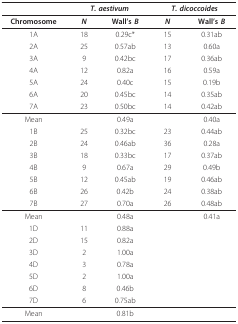
<table><thead><tr><td></td><td colspan="2"><b><i>T. aestivum</i></b></td><td colspan="2"><b><i>T. dicoccoides</i></b></td></tr></thead><tbody><tr><td><b>Chromosome</b></td><td><b><i>N</i></b></td><td><b>Wall&#x27;s <i>B</i></b></td><td><i><b>N</b></i></td><td><b>Wall&#x27;s <i>B</i></b></td></tr><tr><td>1A</td><td>18</td><td>0.29c*</td><td>15</td><td>0.31ab</td></tr><tr><td>2A</td><td>25</td><td>0.57ab</td><td>13</td><td>0.60a</td></tr><tr><td>3A</td><td>9</td><td>0.42bc</td><td>17</td><td>0.36ab</td></tr><tr><td>4A</td><td>12</td><td>0.82a</td><td>16</td><td>0.59a</td></tr><tr><td>5A</td><td>24</td><td>0.40c</td><td>15</td><td>0.19b</td></tr><tr><td>6A</td><td>20</td><td>0.45bc</td><td>14</td><td>0.35ab</td></tr><tr><td>7A</td><td>23</td><td>0.50bc</td><td>14</td><td>0.42ab</td></tr><tr><td>Mean</td><td></td><td>0.49a</td><td></td><td>0.40a</td></tr><tr><td>1B</td><td>25</td><td>0.32bc</td><td>23</td><td>0.44ab</td></tr><tr><td>2B</td><td>24</td><td>0.46ab</td><td>36</td><td>0.28a</td></tr><tr><td>3B</td><td>18</td><td>0.33bc</td><td>17</td><td>0.37ab</td></tr><tr><td>4B</td><td>9</td><td>0.67a</td><td>29</td><td>0.49b</td></tr><tr><td>5B</td><td>12</td><td>0.45ab</td><td>19</td><td>0.46ab</td></tr><tr><td>6B</td><td>26</td><td>0.42b</td><td>24</td><td>0.38ab</td></tr><tr><td>7B</td><td>27</td><td>0.70a</td><td>26</td><td>0.48ab</td></tr><tr><td>Mean</td><td></td><td>0.48a</td><td></td><td>0.41a</td></tr><tr><td>1D</td><td>11</td><td>0.88a</td><td></td><td></td></tr><tr><td>2D</td><td>15</td><td>0.82a</td><td></td><td></td></tr><tr><td>3D</td><td>2</td><td>1.00a</td><td></td><td></td></tr><tr><td>4D</td><td>3</td><td>0.78a</td><td></td><td></td></tr><tr><td>5D</td><td>2</td><td>1.00a</td><td></td><td></td></tr><tr><td>6D</td><td>8</td><td>0.46b</td><td></td><td></td></tr><tr><td>7D</td><td>6</td><td>0.75ab</td><td></td><td></td></tr><tr><td>Mean</td><td></td><td>0.81b</td><td></td><td></td></tr></tbody></table>